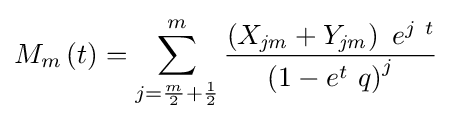
M_{m}\left(t\right)=\sum _{j={\frac {m}{2}}+{\frac {1}{2}}}^{m}{\frac {\left(X_{\it {jm}}+Y_{\it {jm}}\right)~e^{j~t}}{\left(1-e^{t}~q\right)^{j}}}